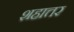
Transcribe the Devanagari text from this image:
शहात्तर